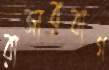
রাজারবাগ